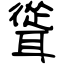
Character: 聳